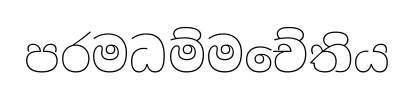
පරමධම්මචේතිය